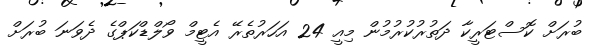
ބުރަށް ކޮސްޓަރީކާ ދަތުރުކުރުމުން މިއީ 24 އަހަރުތެރޭ އެޓީމް ވޯލްޑްކަޕްގެ ދެވަނަ ބުރަށް